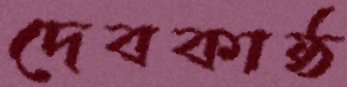
দেবকাষ্ঠ